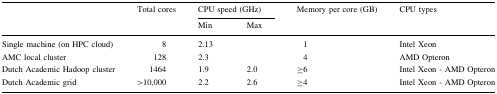
<table><thead><tr><td rowspan="2"></td><td rowspan="2"><b>Total cores</b></td><td colspan="2"><b>CPU speed (GHz)</b></td><td rowspan="2"><b>Memory per core (GB)</b></td><td rowspan="2"><b>CPU types</b></td></tr><tr><td><b>Min</b></td><td><b>Max</b></td></tr></thead><tbody><tr><td>Single machine (on HPC cloud)</td><td>8</td><td colspan="2">2.13</td><td>1</td><td>Intel Xeon</td></tr><tr><td>AMC local cluster</td><td>128</td><td colspan="2">2.3</td><td>4</td><td>AMD Opteron</td></tr><tr><td>Dutch Academic Hadoop cluster</td><td>1464</td><td>1.9</td><td>2.0</td><td>≥6</td><td>Intel Xeon - AMD Opteron</td></tr><tr><td>Dutch Academic grid</td><td>&gt;10,000</td><td>2.2</td><td>2.6</td><td>≥4</td><td>Intel Xeon - AMD Opteron</td></tr></tbody></table>